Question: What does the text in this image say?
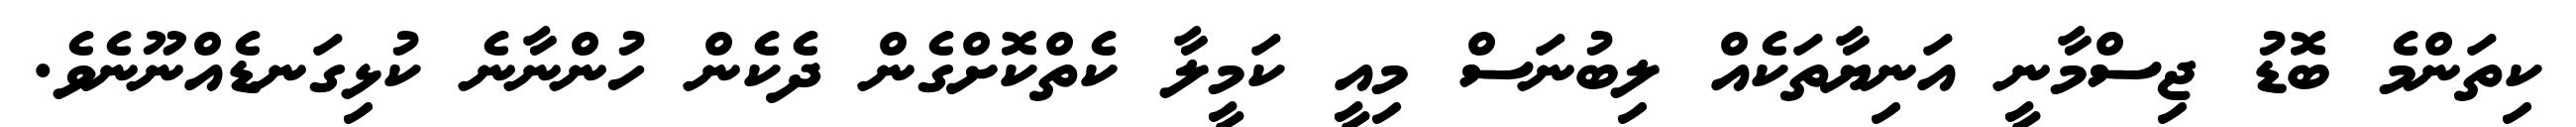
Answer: ކިތަންމެ ބޮޑު ޖިސްމާނީ އަނިޔާތަކެއް ލިބުނަސް މިއީ ކަމީލާ ކެތްކޮށްގެން ދެކެން ހުންނާނެ ކުޅިގަނޑެއްނޫނެވެ.